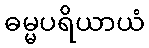
ဓမ္မပရိယာယံ